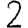
Digit: 2